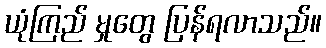
ယုံကြည် မှုတွေ ပြန်ရလာသည်။